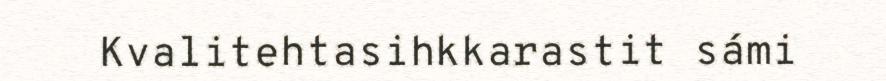
Kvalitehtasihkkarastit sámi